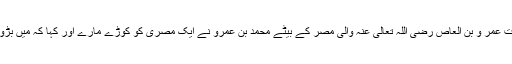
ایک دفعہ حضرت عمر و بن العاص رضی اللہ تعالیٰ عنہ والی مصر کے بیٹے محمد بن عمرو نے ایک مصری کو کوڑے مارے اور کہا کہ میں بڑوں کی اولاد ہوں۔